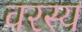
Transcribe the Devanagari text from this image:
वरस्य